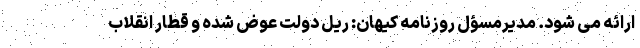
ارائه می شود. مدیرمسؤل روزنامه کیهان: ریل دولت عوض شده و قطار انقلاب